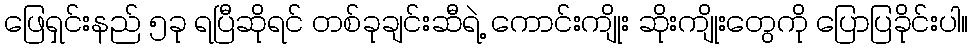
ဖြေရှင်းနည် ၅ခု ရပြီဆိုရင် တစ်ခုချင်းဆီရဲ့ ကောင်းကျိုး ဆိုးကျိုးတွေကို ပြောပြခိုင်းပါ။